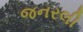
જનરલી